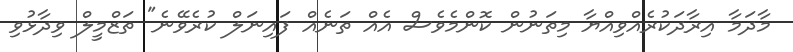
މާދަމާ އިރާދަކުރެއްވިއްޔާ މިތަނުން ކޮންމެވެސް އެއް ތަނެއް ފައިނަލް ކުރެވޭނެ" ތަޒްމީލް ވިދާޅުވި